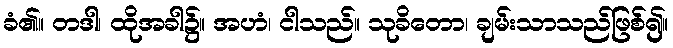
ခံ၏။ တဒါ၊ ထိုအခါ၌။ အဟံ၊ ငါသည်။ သုခိတော၊ ချမ်းသာသည်ဖြစ်၍။